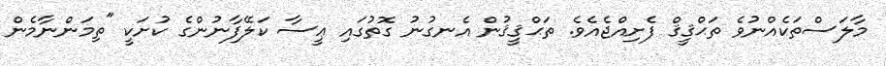
މާލަސްތަކެއްނުވެ ތަޙްޤީޤް ފެށިއްޖެއެވެ. ތަޙްޤީޤުން އެނގުނު ގޮތުގައި ޢީސާ ކަލޭފާނުންގެ ކުށަކީ "ތިމަންނާމެން